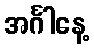
အင်္ဂါနေ့